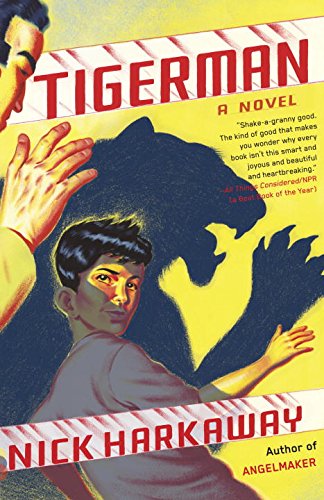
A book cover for Tigerman; Nick Harkaway; Science Fiction & Fantasy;